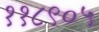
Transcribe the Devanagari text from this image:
११८९०५